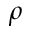
\rho